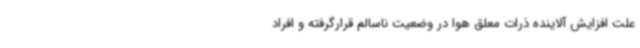
علت افزایش آلاینده ذرات معلق هوا در وضعیت ناسالم قرارگرفته و افراد